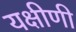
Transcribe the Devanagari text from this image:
यक्षीणी